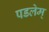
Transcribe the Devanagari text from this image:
पडलेम्